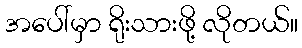
အပေါ်မှာ ရိုးသားဖို့ လိုတယ်။